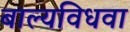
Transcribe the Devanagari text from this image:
बाल्यविधवा